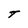
Character: T